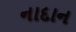
નાદાન